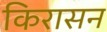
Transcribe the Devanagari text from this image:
किरासन